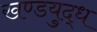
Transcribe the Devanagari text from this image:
खण्डयुद्ध